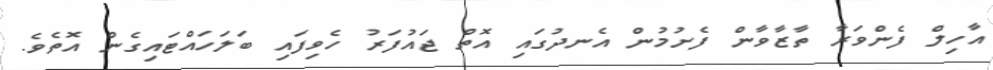
އާހިލް ފެންވަރާ ތާޒާވާން ފެށުމުން އެނދުގައި އޮތް ޖައުފަރު ހެވިފައި ބަލަހައްޓައިގެން އޮތެވެ.